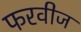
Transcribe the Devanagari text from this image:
फरवीज